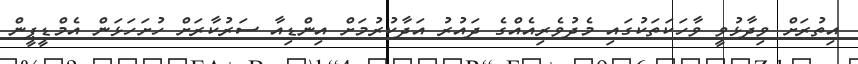
އިތުރަށް ވިދާޅުވީ ވާހަކަތަކުގައި މެދުވެރިއެއްގެ ދައުރު އަދާކުރުމަށް އިންޑިއާ ސަރުކާރަށް ހުށަހަޅަން އެމްޑީޕީން